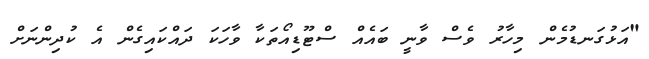
"އަޅުގަނޑުމެން މިހާރު ވެސް ވާނީ ބައެއް ސްޓޫޑިއޯތަކާ ވާހަކަ ދައްކައިގެން އެ ކުދިންނަށް